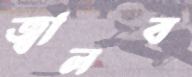
জ্বালব